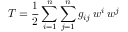
T = { \frac { 1 } { 2 } } \sum _ { i = 1 } ^ { n } \sum _ { j = 1 } ^ { n } g _ { i j } \, w ^ { i } \, w ^ { j }